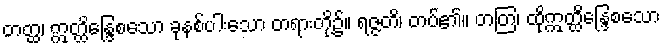
တတ္ထ၊ ဣတ္ထိန္ဒြေစသော ခုနစ်ပါးသော တရားတို့၌။ ရဇ္ဇတိ၊ တပ်၏။ တတြ၊ ထိုဣတ္ထိန္ဒြေစသော